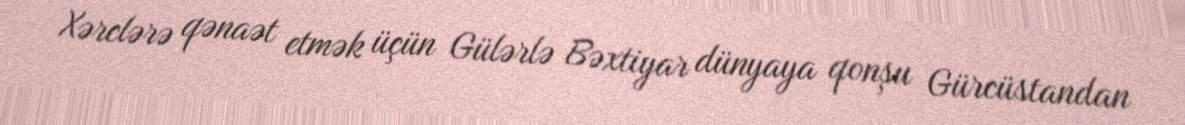
Xərclərə qənaət etmək üçün Gülərlə Bəxtiyar dünyaya qonşu Gürcüstandan